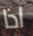
اذا